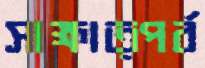
সাক্ষাত্পর্ব